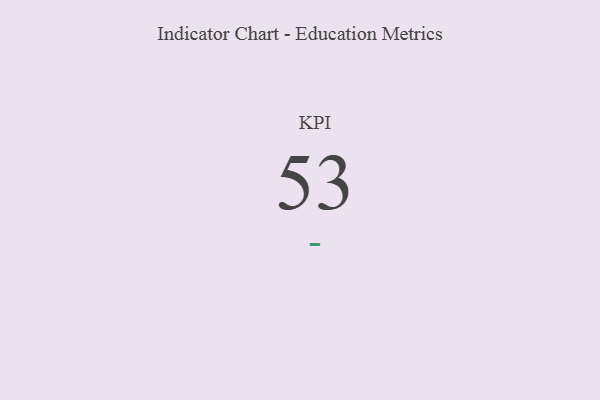
{"axis": {"x": "KPI", "y": "Value"}, "legend": [""], "data": [{"x": "KPI", "y": 53, "type": ""}]}